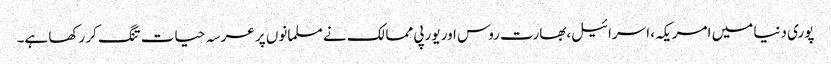
پوری دنیا میں امریکہ، اسرائیل،بھارت روس اور یورپی ممالک نے مسلمانوں پر عرسہ حیات تنگ کر رکھا ہے۔